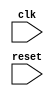
module ahb_controller(
    input wire clk,       // Clock input
    input wire reset,     // Reset signal

    // Add input and output ports as needed for data signals and control signals

    // Add modules for clock generation, data signal synchronization, and timing control

    // Add code to manage data flow on the AHB bus and coordinate communication between peripherals and processor

);

// Add Verilog code for the AHB controller design here

endmodule